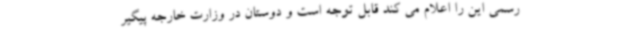
رسمی این را اعلام می کند قابل توجه است و دوستان در وزارت خارجه پیگیر